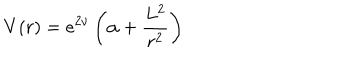
LaTeX: V ( r ) = e ^ { 2 \nu } \left( \alpha + \frac { L ^ { 2 } } { r ^ { 2 } } \right)